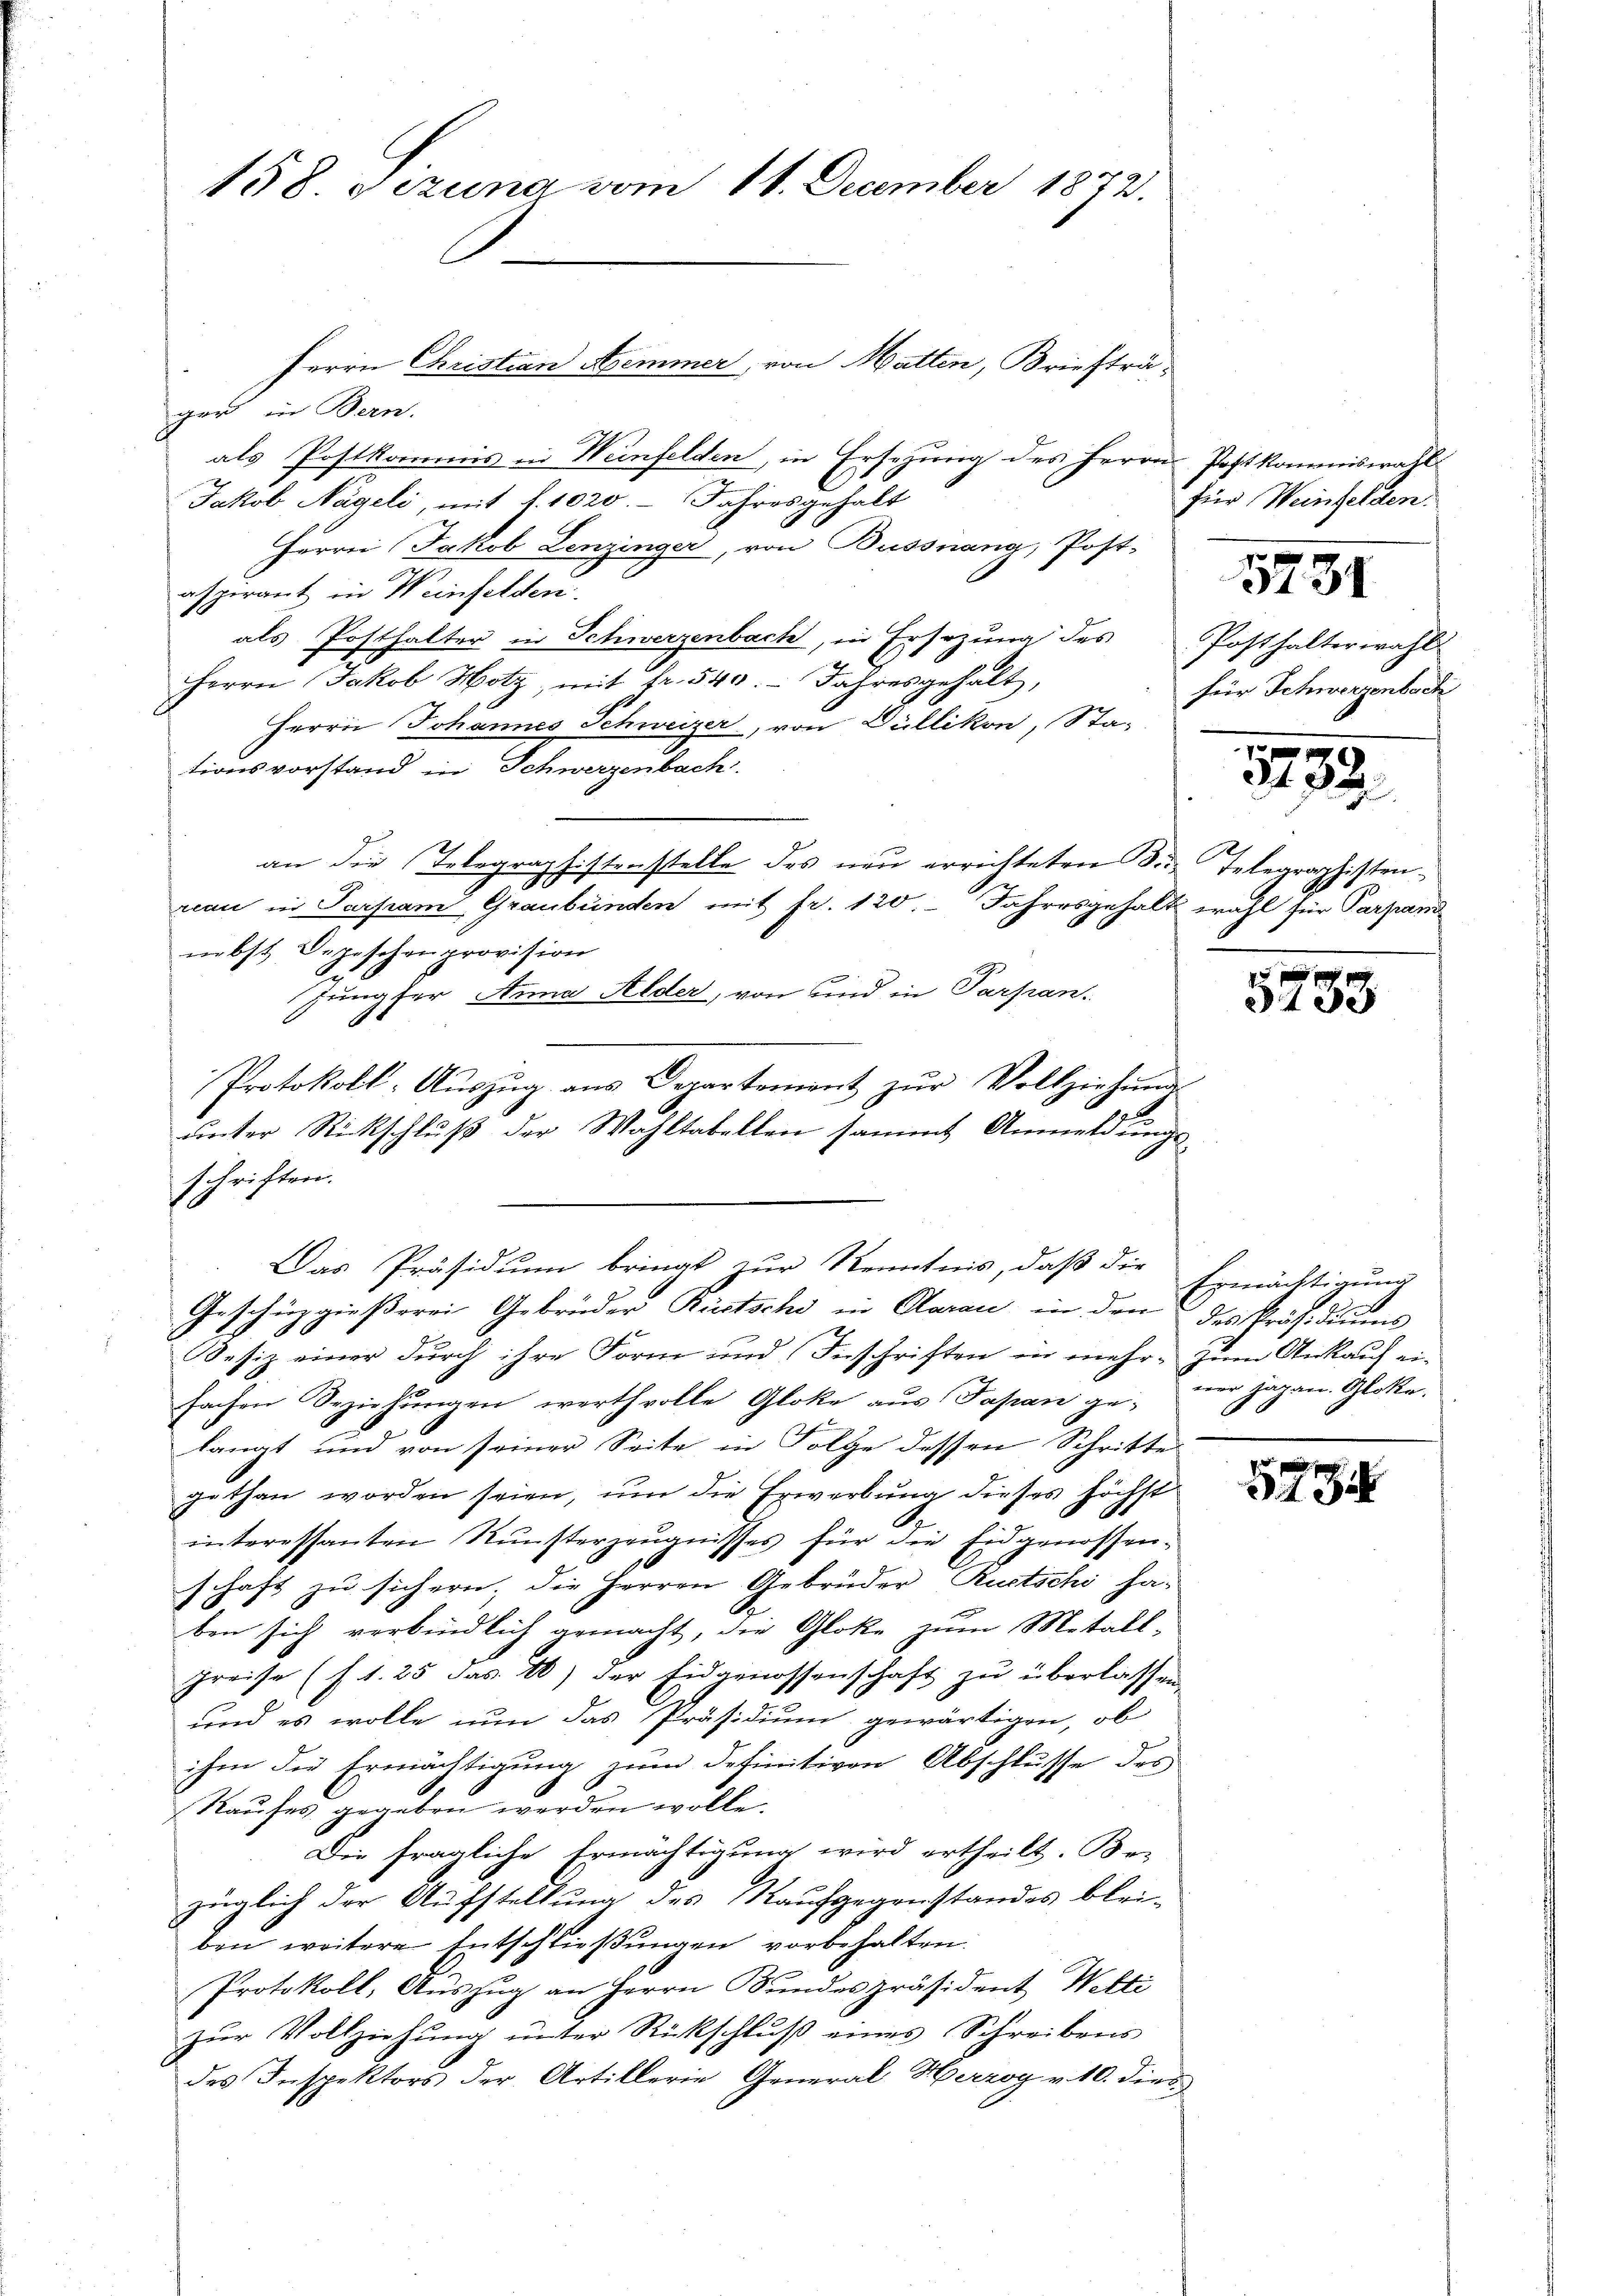
158 sizung vom 11. December 1872.

Herrn Christian Aemmer, von Matten, Briefträ-
ger in Bern.
als Postkommis in Weinfelden, in Ersezung des Herrn Postkommiswahl
Jakob Nägeli, mit 1. 1020. Jahresgehalt
Herrn Jakob Lenzinger, von Bussnang, Post-
aspirant in Weinfelden
als Posthalter in Schwerzenbach, in Ersezung des Posthalterwahl
Herrn Jakob Hotz, mit fr. 540. Jahresgehalt,
Herrn Johannes Schweizer, von Düllikon, Sta-
tionsvorstand in Schwerzenbach
an die Telegraphistenstelle des neu errichteten Sie Telegraphistenrcan in Parpam Graubünden mit fr. 120. Jahresgehalt wahl für Parpamnebst Depeschenprovision
Jungfer Anna Alder, von und in Parpan-
Protokoll-Aŭszŭg ans Departement zŭr Vollziehungs
unter Rückschluß der Wahltabellen sammt Anmeldungs-
schriften.
Geschüzgießerei Gebrüder Rüstschi in Aarau in den des Präsidiums
J
Besiz einer durch ihre Form und Inschriften in mehr. Zum Ankauf ei-
fachen Beziehungen werthvolle Gloke aus Papan gelangt und von seiner Seite in Folge dessen Schritte
gethan worden seien, um die Erwerbung dieses höchst
interessanten Runsterzeugnisses für die Eidgenossenschaft zu sichern. Die Herren Gebrüder, Ruetschi ha-
ben sich verbindlich gemacht, die Gloke zum Metall¬
Preise (s. 1. 25 das 10) der Eidgenossenschaft zu überlassen
und es wolle nun das Präsidium gewärtigen, ob
ihm die Ermächtigung zum definitiven Abschlusse des
Kauses gegeben werden wolle.
Die fragliche Ermächtigung wird ertheilt. Be-
züglich der Aufstellung des Kaufgegenstandes blei-
ben weitere Entschließungen vorbehalten.
Protokoll, Aŭszŭg an Herrn Bundespräsident Wetti
zŭr Vollziehŭng ŭnter Rückschlŭβ eines Schreibens
des Inspektors der Artillerie General Herzog v. 10. dies

Das Präsidium bringt zur Kenntnis, daß die

für Weinfelden.

551

für Schwerzenbach

3732.

5783

Ermächtigung
ner Hagan. Glatte.

534